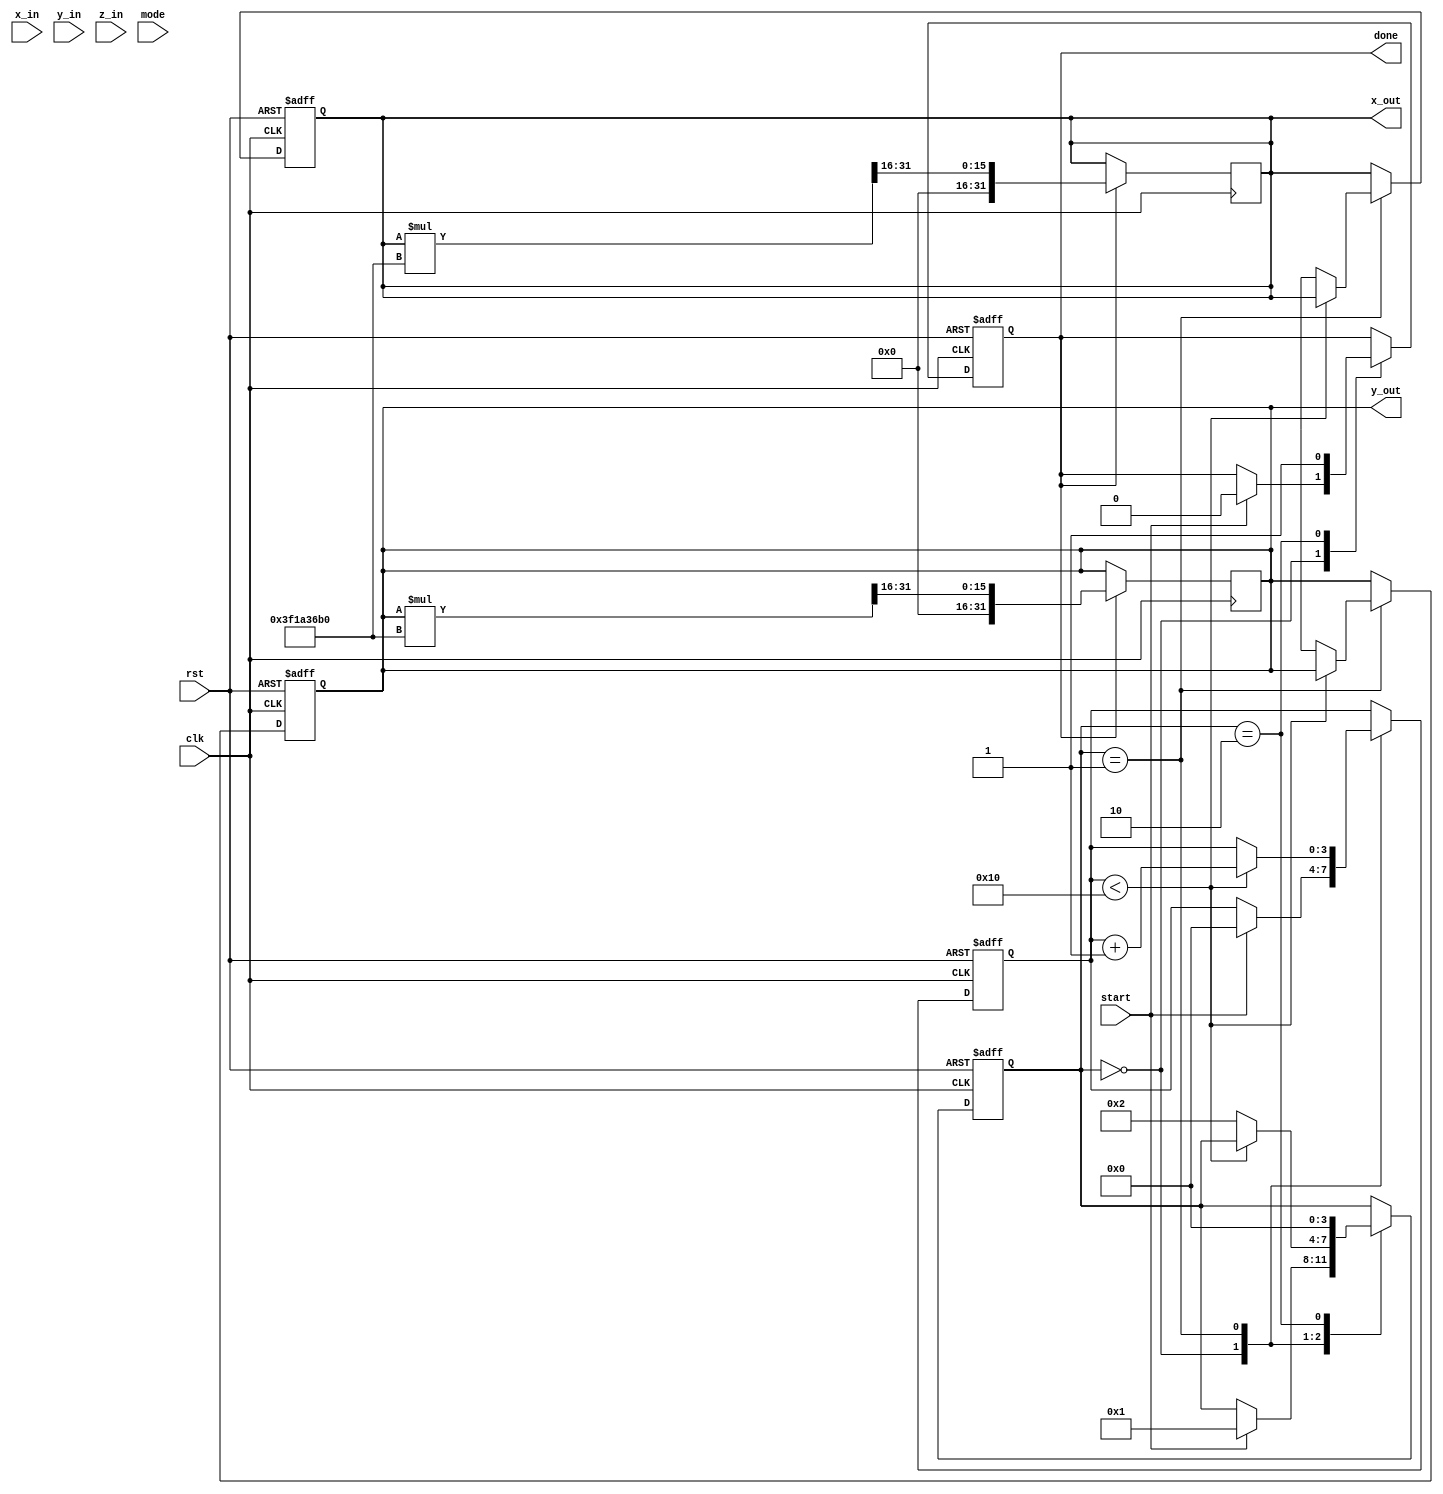
module cordic_floating_point (
    input wire clk,
    input wire rst,
    input wire [31:0] x_in, // Input X (floating-point single precision)
    input wire [31:0] y_in, // Input Y (floating-point single precision)
    input wire [31:0] z_in, // Input Z (floating-point single precision, angle)
    input wire mode, // Mode selection: 0 for rotation, 1 for vectoring
    input wire start, // Start signal for computation
    output reg [31:0] x_out, // Output X (floating-point single precision)
    output reg [31:0] y_out, // Output Y (floating-point single precision)
    output reg done // Done signal
);

    // Local Parameters
    parameter NUM_ITERATIONS = 16; // Number of iterations
    parameter CORDIC_GAIN = 32'h3F1A36B0; // Scaling factor (approx. 0.607)

    // Internal Signals
    reg [31:0] x [0:NUM_ITERATIONS-1]; // X coordinates
    reg [31:0] y [0:NUM_ITERATIONS-1]; // Y coordinates
    reg [31:0] z [0:NUM_ITERATIONS-1]; // Angles
    reg [3:0] state; // State of FSM
    reg [3:0] i; // Iteration index

    // Lookup table for arctangent values (fixed-point representation)
    reg [31:0] atan_table [0:NUM_ITERATIONS-1];

    // Initialize the lookup table
    initial begin
        atan_table[0] = 32'h3F000000; // atan(2^0) = 0.785398 (approx.)
        atan_table[1] = 32'h3EFA0000; // atan(2^-1) = 0.463648 (approx.)
        atan_table[2] = 32'h3EFB0000; // atan(2^-2) = 0.244978 (approx.)
        // Fill in the rest values...
    end

    // FSM for CORDIC operation
    always @(posedge clk or posedge rst) begin
        if (rst) begin
            state <= 0;
            done <= 0;
            i <= 0;
            x_out <= 0;
            y_out <= 0;
        end else begin
            case (state)
                0: begin
                    if (start) begin
                        x[0] <= x_in;
                        y[0] <= (mode) ? 32'h0 : y_in; // Set Y = 0 for rotation mode
                        z[0] <= z_in;
                        state <= 1;
                        i <= 0;
                        done <= 0;
                    end
                end
                1: begin
                    if (i < NUM_ITERATIONS) begin
                        // CORDIC rotation logic
                        if (z[i] < 0) begin
                            x[i+1] <= x[i] + (y[i] >> i);
                            y[i+1] <= y[i] - (x[i] >> i);
                            z[i+1] <= z[i] + atan_table[i];
                        end else begin
                            x[i+1] <= x[i] - (y[i] >> i);
                            y[i+1] <= y[i] + (x[i] >> i);
                            z[i+1] <= z[i] - atan_table[i];
                        end
                        i <= i + 1; // Move to the next iteration
                    end else begin
                        // Finalize output
                        x_out <= x[NUM_ITERATIONS];
                        y_out <= y[NUM_ITERATIONS];
                        state <= 2; // Move to done state
                    end
                end
                2: begin
                    done <= 1; // Indicate completion
                    state <= 0; // Reset to start state
                end
            endcase
        end
    end

    // Scaling factor adjustment (could be done outside of the CORDIC loop)
    always @(posedge clk) begin
        if (done) begin
            // Implement normalization and scaling
            x_out <= (x_out * CORDIC_GAIN) >> 16; // Apply scaling factor
            y_out <= (y_out * CORDIC_GAIN) >> 16; // Apply scaling factor
        end
    end

endmodule